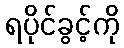
ရပိုင်ခွင့်ကို